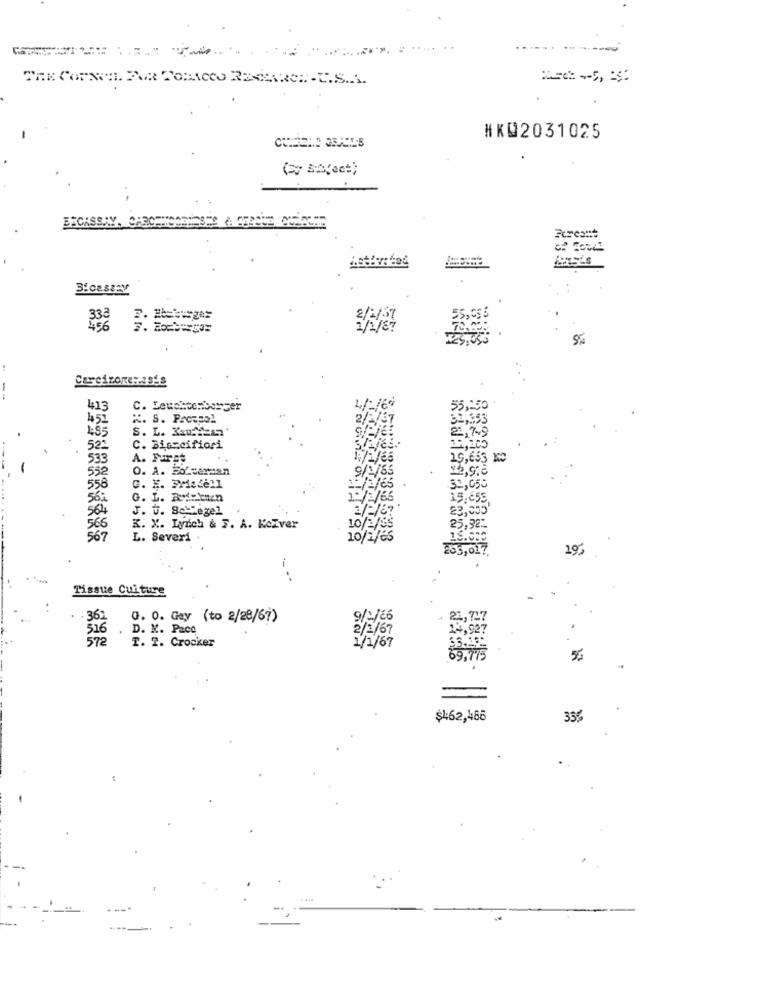
#KQ2031025
ERCASSAY
Bicessey
2/2/37
456
5%
Cercizone :. as's
413
C. Leuchtenborger
41-16%
55,250
451
K. S. Procpal
2/2/57
32,353
S. L. Kau:MEan
21, 7 49
521
C. Biscoifiori
533
A. Furst
29,653 10
O. A. Fo cercan
9/2/65
558
C. E. FMiscell
/2/65
30,050
56;
G. L. RyDEun
10/2/66
19.455,
564
J. J. Schlegel
23,000
565
K. X. Lynch & F. A. KoIver
10/1/55
25,92~
567
L. Severi
10/2/65
15.000
295,017.
19
.
Tissue Culture
362
0. 0. Gay (to 2/28/67)
9/2/26
21,727
516
D. K. Pace
2/1/67
14,927
572
T. 2. Crocker
1/1/67
69,775
53
$4:62,486
35%